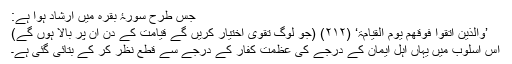
جس طرح سورۂ بقرہ میں ارشاد ہوا ہے:
’وَالَّذِیْنَ اتَّقَوْا فَوْقَھُمْ یَوْمَ الْقِیَامَۃِ‘ (۲۱۲) (جو لوگ تقویٰ اختیار کریں گے قیامت کے دن ان پر بالا ہوں گے)
اس اسلوب میں یہاں اہل ایمان کے درجے کی عظمت کفار کے درجے سے قطع نظر کر کے بتائی گئی ہے۔